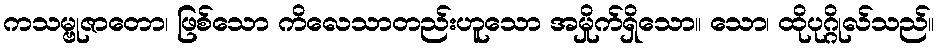
ကသမ္ဗုဇာတော၊ ဖြစ်သော ကိလေသာတည်းဟူသော အမှိုက်ရှိသော။ သော၊ ထိုပုဂ္ဂိုလ်သည်။